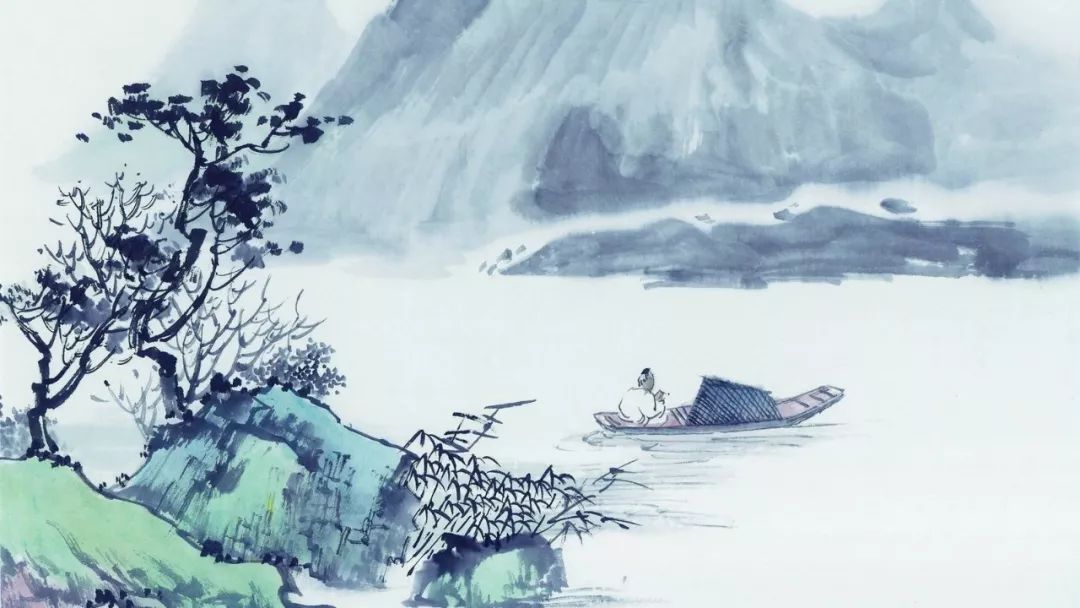
今宵楼上一尊同。云湿纱窗。